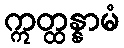
ဣတ္ထန္နာမံ